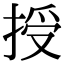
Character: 授